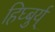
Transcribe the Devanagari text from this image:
हिघ्बुर्य्